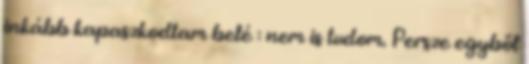
inkább kapaszkodtam belé : nem is tudom. Persze egyből